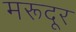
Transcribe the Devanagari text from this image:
मरूदूर